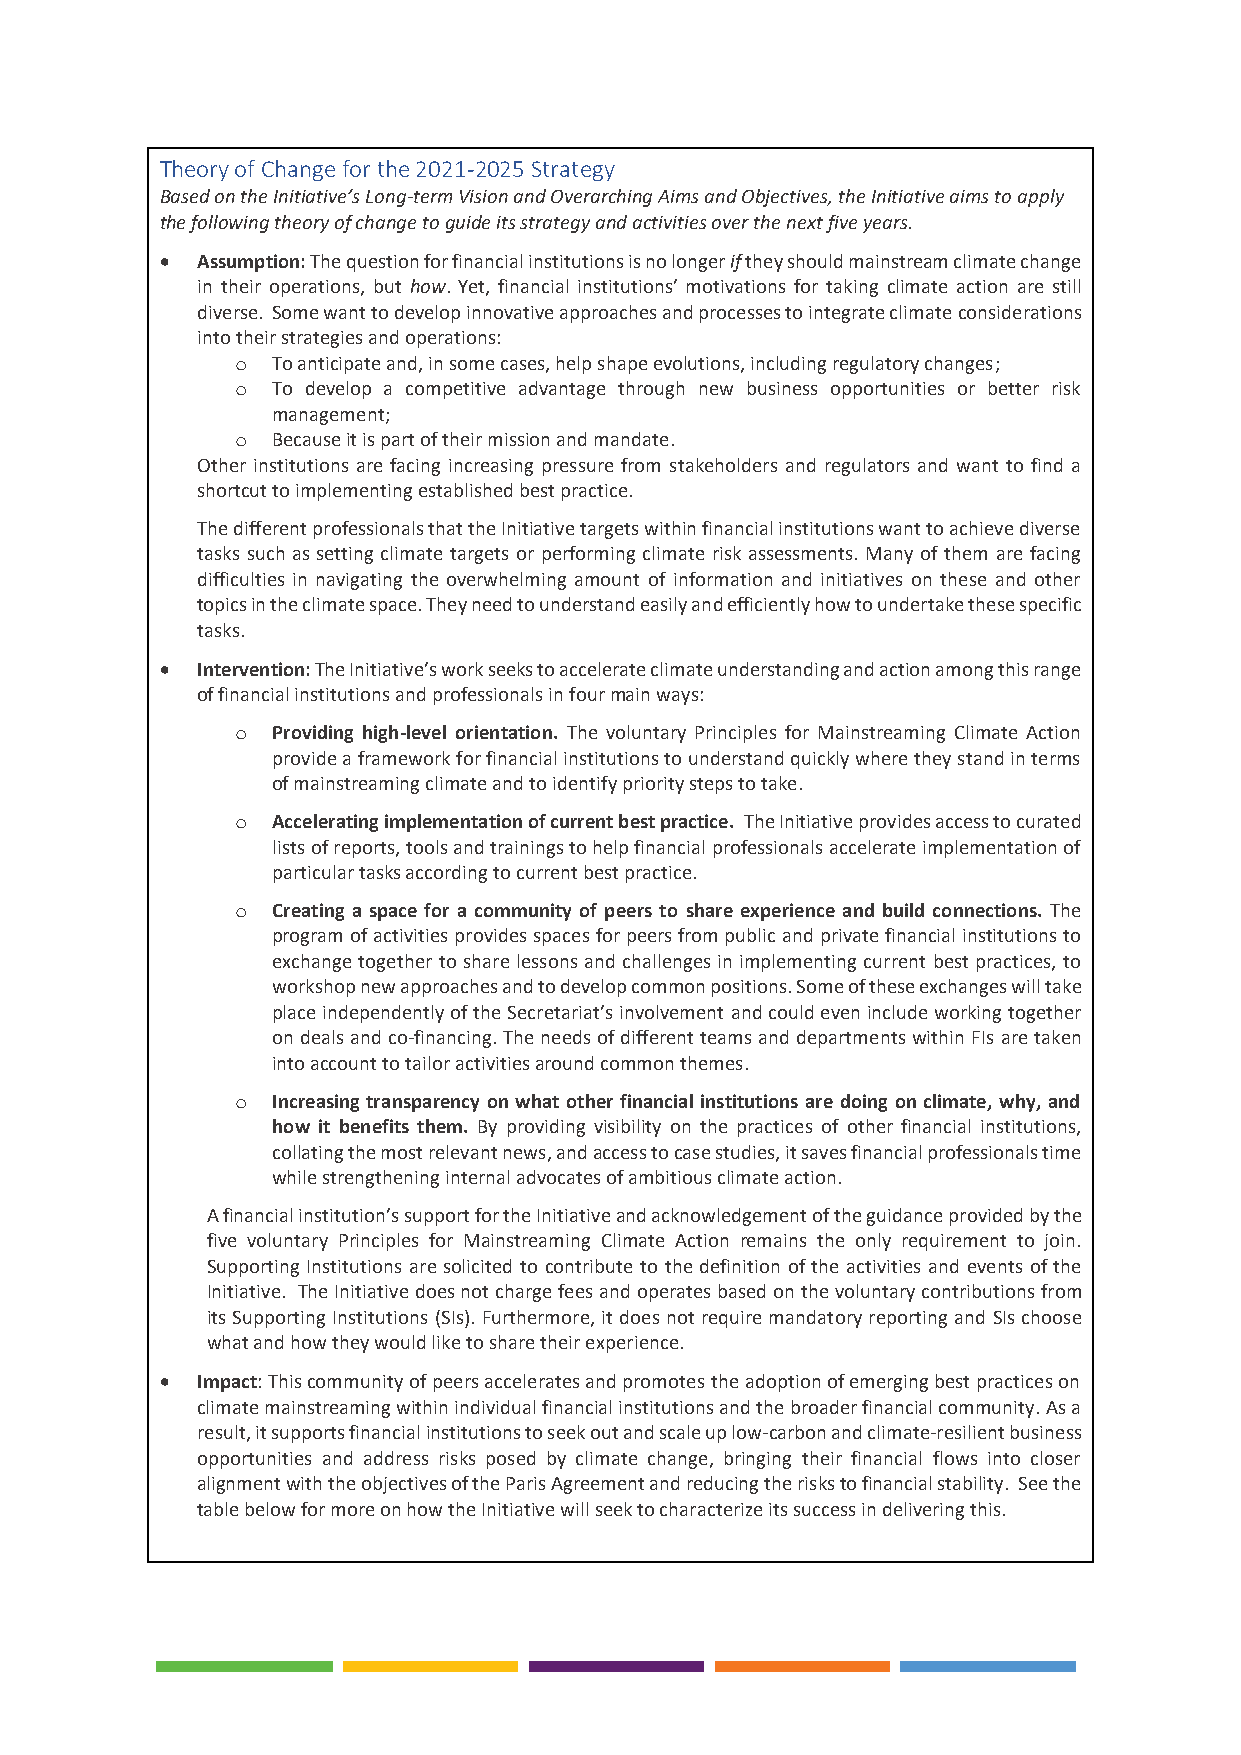
Theory of Change for the 2021-2025 Strategy
 Based on the Initiative’s Long-term Vision and Overarching Aims and Objectives, the Initiative aims to apply
 the following theory of change to guide its strategy and activities over the next five years.
 • Assumption: The question for financial institutions is no longer if they should mainstream climate change
 in their operations, but how. Yet, financial institutions’ motivations for taking climate action are still
 diverse. Some want to develop innovative approaches and processes to integrate climate considerations
 into their strategies and operations:
 o To anticipate and, in some cases, help shape evolutions, including regulatory changes;
 o To develop a competitive advantage through new business opportunities or better risk
 management;
 o Because it is part of their mission and mandate.
 Other institutions are facing increasing pressure from stakeholders and regulators and want to find a
 shortcut to implementing established best practice.
 The different professionals that the Initiative targets within financial institutions want to achieve diverse
 tasks such as setting climate targets or performing climate risk assessments. Many of them are facing
 difficulties in navigating the overwhelming amount of information and initiatives on these and other
 topics in the climate space. They need to understand easily and efficiently how to undertake these specific
 tasks.
 • Intervention: The Initiative’s work seeks to accelerate climate understanding and action among this range
 of financial institutions and professionals in four main ways:
 o Providing high-level orientation. The voluntary Principles for Mainstreaming Climate Action
 provide a framework for financial institutions to understand quickly where they stand in terms
 of mainstreaming climate and to identify priority steps to take.
 o Accelerating implementation of current best practice. The Initiative provides access to curated
 lists of reports, tools and trainings to help financial professionals accelerate implementation of
 particular tasks according to current best practice.
 o Creating a space for a community of peers to share experience and build connections. The
 program of activities provides spaces for peers from public and private financial institutions to
 exchange together to share lessons and challenges in implementing current best practices, to
 workshop new approaches and to develop common positions. Some of these exchanges will take
 place independently of the Secretariat’s involvement and could even include working together
 on deals and co-financing. The needs of different teams and departments within FIs are taken
 into account to tailor activities around common themes.
 o Increasing transparency on what other financial institutions are doing on climate, why, and
 how it benefits them. By providing visibility on the practices of other financial institutions,
 collating the most relevant news, and access to case studies, it saves financial professionals time
 while strengthening internal advocates of ambitious climate action.
 A financial institution’s support for the Initiative and acknowledgement of the guidance provided by the
 five voluntary Principles for Mainstreaming Climate Action remains the only requirement to join.
 Supporting Institutions are solicited to contribute to the definition of the activities and events of the
 Initiative. The Initiative does not charge fees and operates based on the voluntary contributions from
 its Supporting Institutions (SIs). Furthermore, it does not require mandatory reporting and SIs choose
 what and how they would like to share their experience.
 • Impact: This community of peers accelerates and promotes the adoption of emerging best practices on
 climate mainstreaming within individual financial institutions and the broader financial community. As a
 result, it supports financial institutions to seek out and scale up low-carbon and climate-resilient business
 opportunities and address risks posed by climate change, bringing their financial flows into closer
 alignment with the objectives of the Paris Agreement and reducing the risks to financial stability. See the
 table below for more on how the Initiative will seek to characterize its success in delivering this.